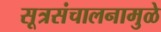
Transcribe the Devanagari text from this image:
सूत्रसंचालनामुळे